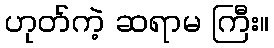
ဟုတ်ကဲ့ ဆရာမ ကြီး။